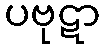
ပဗုဋာ